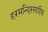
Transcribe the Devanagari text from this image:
हरमन्दिरसाहिब